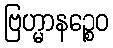
ဗြဟ္မာနဉ္စေဝ